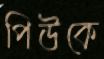
পিউকে